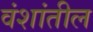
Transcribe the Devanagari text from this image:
वंशांतील